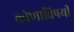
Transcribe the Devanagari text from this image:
कोणाविषयी